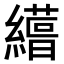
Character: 𮉊